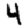
Digit: 4